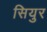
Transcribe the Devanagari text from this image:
सियुर